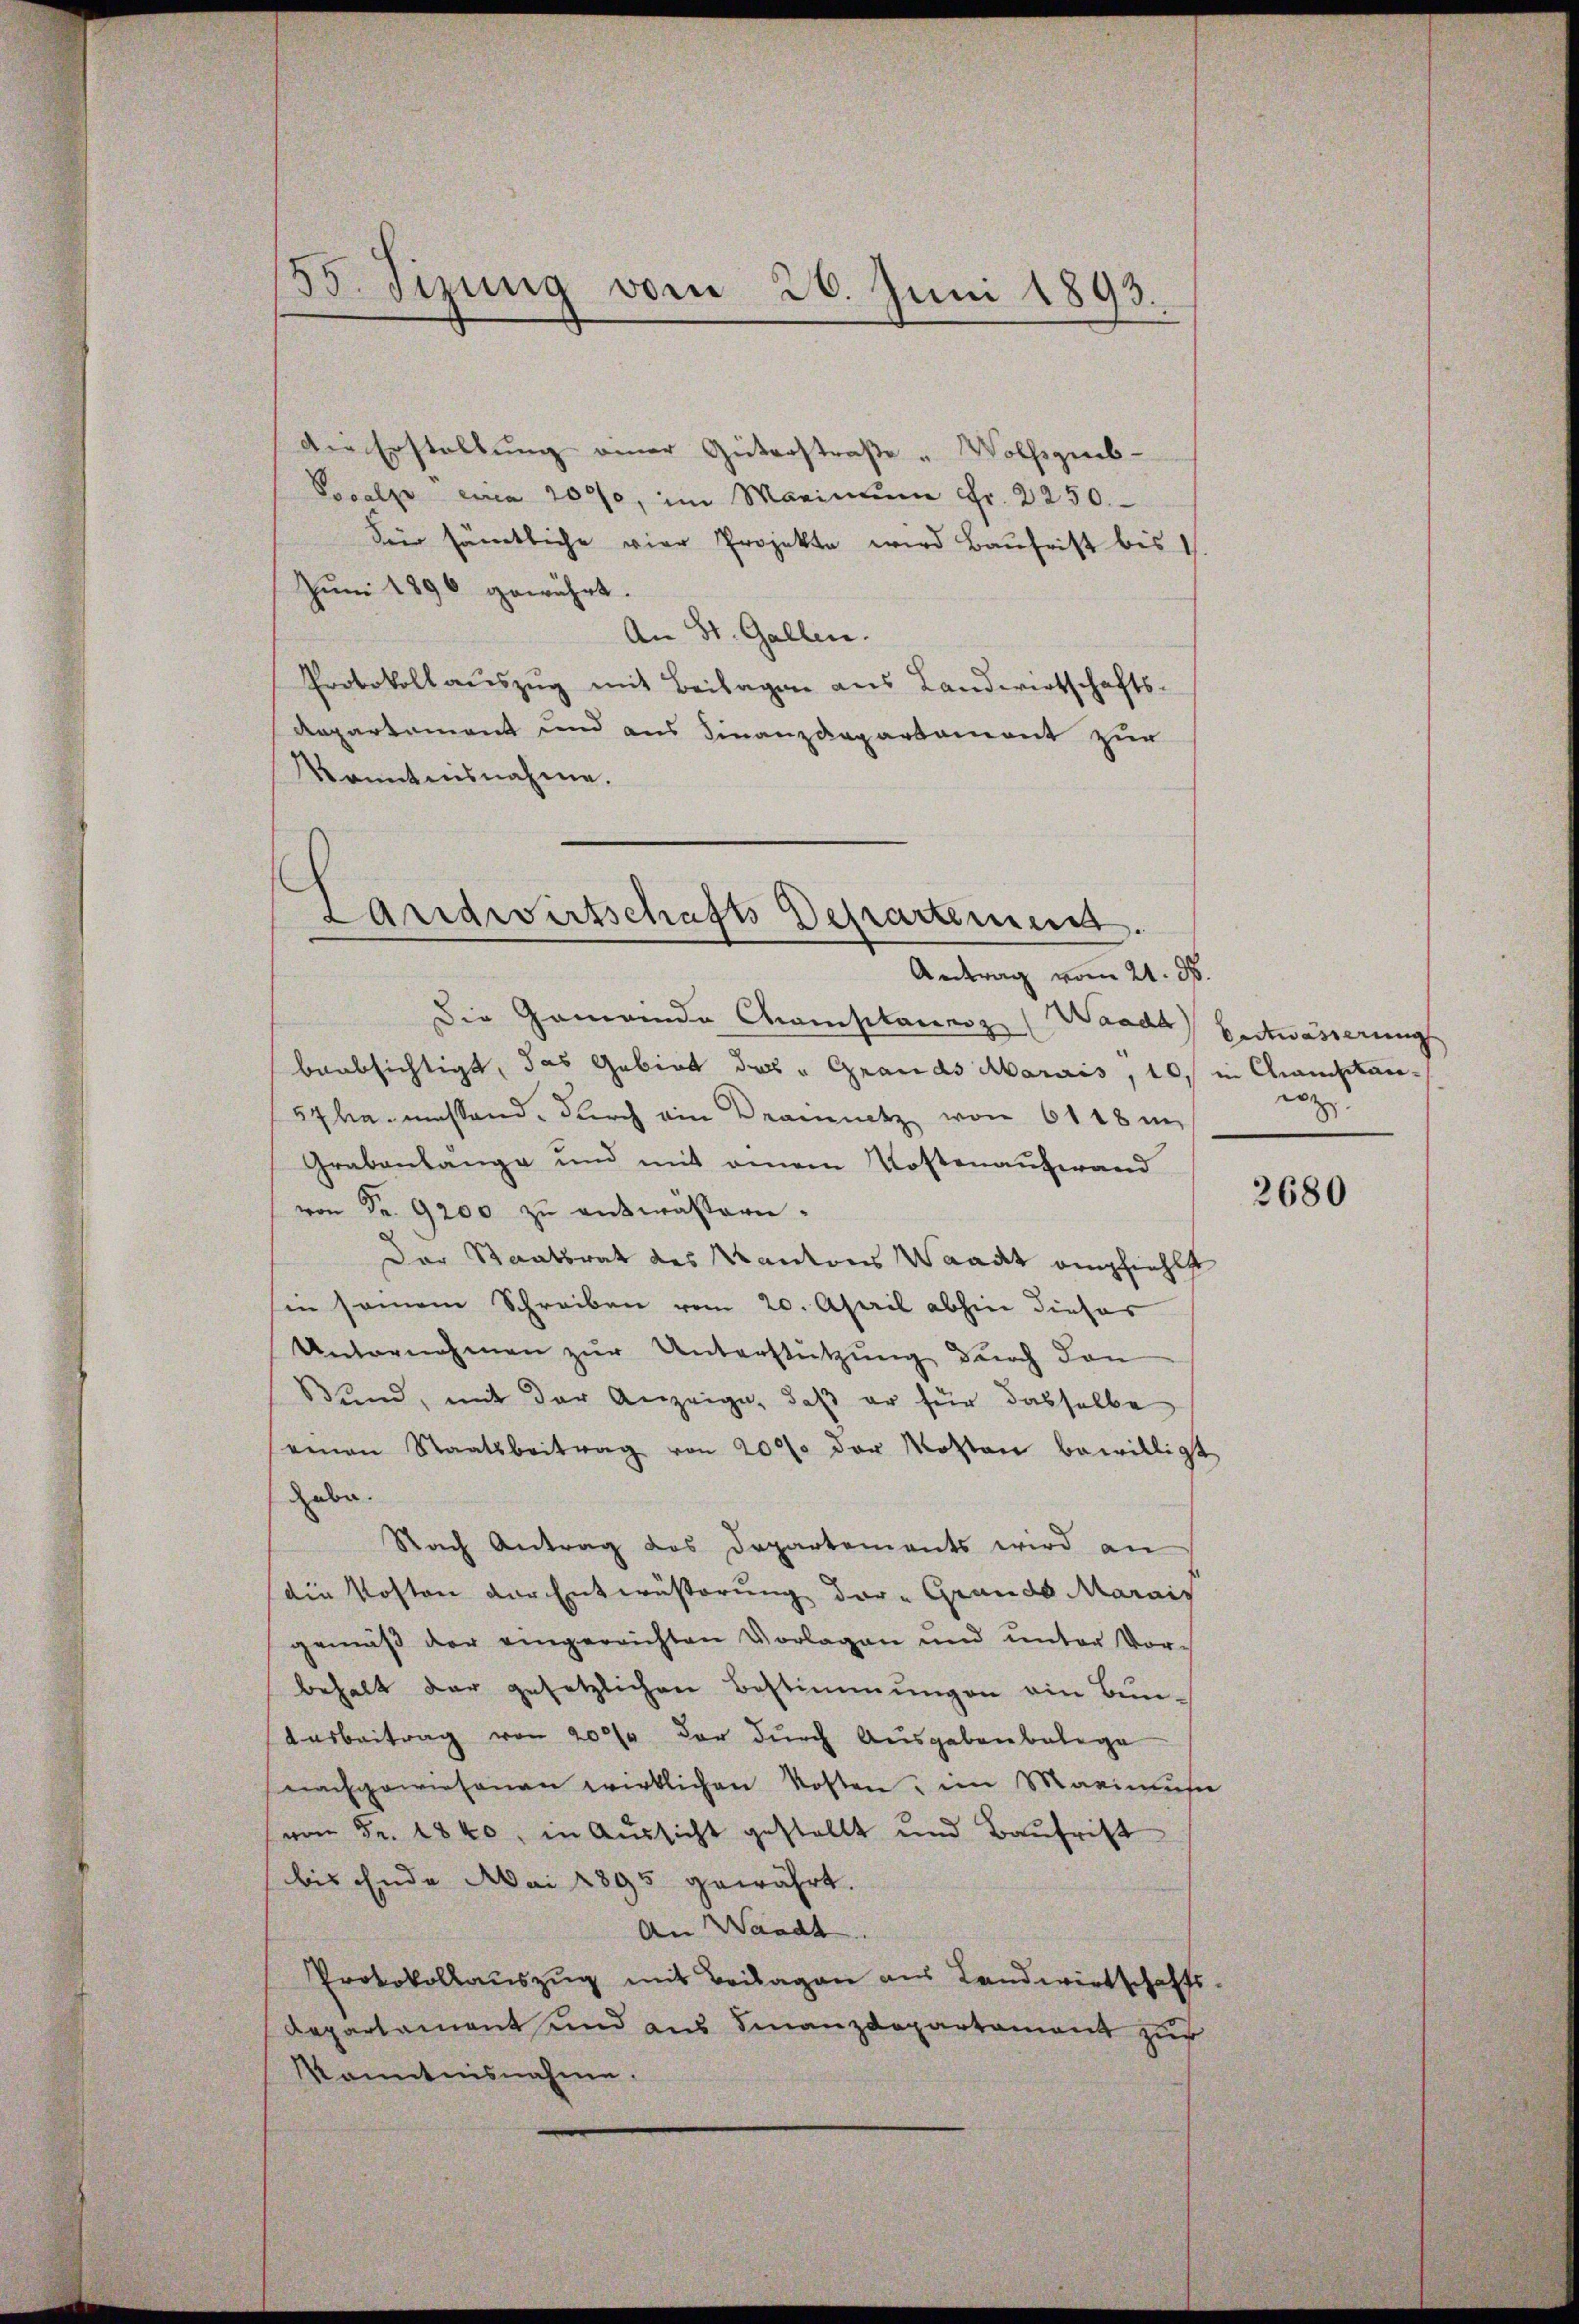
55. Sizung vom 26. Juni 1893.

Die Erstellung einer Güterstraße " Wolfsgeb¬
Vocalse circa 2000, im Maximŭm Fr. 2250.
Für sämtliche vier Projekte wird Baufrist bis 1.
Juni 1896 gewährt.
An St. Gallen.
Protokoll auszug mit Beilagen aus Landwirtschafts-
Repartement und aus Finanzdepartemont zur
Kanntnisnahme.

Landwirtschafts-Departement.

Antrag vom 21. d.
Die Gemeinde Chanisitainz (Waadt
beabsichtigt, das Gebiet das "Grands Marais, 10 in Anstan¬
57 ha massend. Durch ein Drainnetz von 6118 i
Grabenlänge und mit einem Kostenaufwand
von Fr. 9200 zŭ entwässern.
Der Staatsrat des Kantons Waadt empfiehlt
in seinem Schreiben vom 20. April abhin dieser
Unternehmen zur Unterstützung durch dan
Bund, mit der Anzeige, daß er für dasselbe
einen Staatsbeitrag von 2000 der Mosten bewilligt
habe.
Nach Antrag des Departements wird an
die Kosten der Entwässerung der-Grands Marais
gemäß der eingereichten Vorlagen und unter Vorbehalt der gesetzlichen Bestimmungen ein Bun-
Ausbeitrag von 20% der durch Ausgabenbelege
nachgewiesenen wirklichen Kosten, im Maximuse
von Fr. 1840, in Aussicht gestellt und Baufrist
bis Ende Mai 1895 gewährt.
An Waadt
Protokollauszug mit Beilagen aus Landwirtschafts-
Departament und aus Finanzdepartament zur
Kenntnisnahme.

Entwässerung
roz.

2680